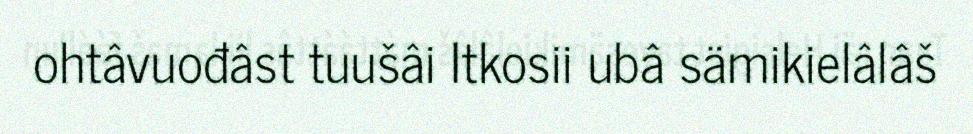
ohtâvuođâst tuušâi Itkosii ubâ sämikielâlâš